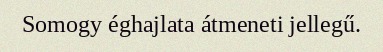
Somogy éghajlata átmeneti jellegű.